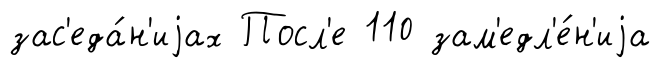
зас'еда́н'иjах Посл'е 110 зам'едл'е́н'иjа